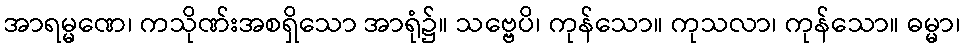
အာရမ္မဏေ၊ ကသိုဏ်းအစရှိသော အာရုံ၌။ သဗ္ဗေပိ၊ ကုန်သော။ ကုသလာ၊ ကုန်သော။ ဓမ္မာ၊